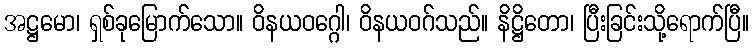
အဋ္ဌမော၊ ရှစ်ခုမြောက်သော။ ဝိနယဝဂ္ဂေါ၊ ဝိနယဝဂ်သည်။ နိဋ္ဌိတော၊ ပြီးခြင်းသို့ရောက်ပြီ။